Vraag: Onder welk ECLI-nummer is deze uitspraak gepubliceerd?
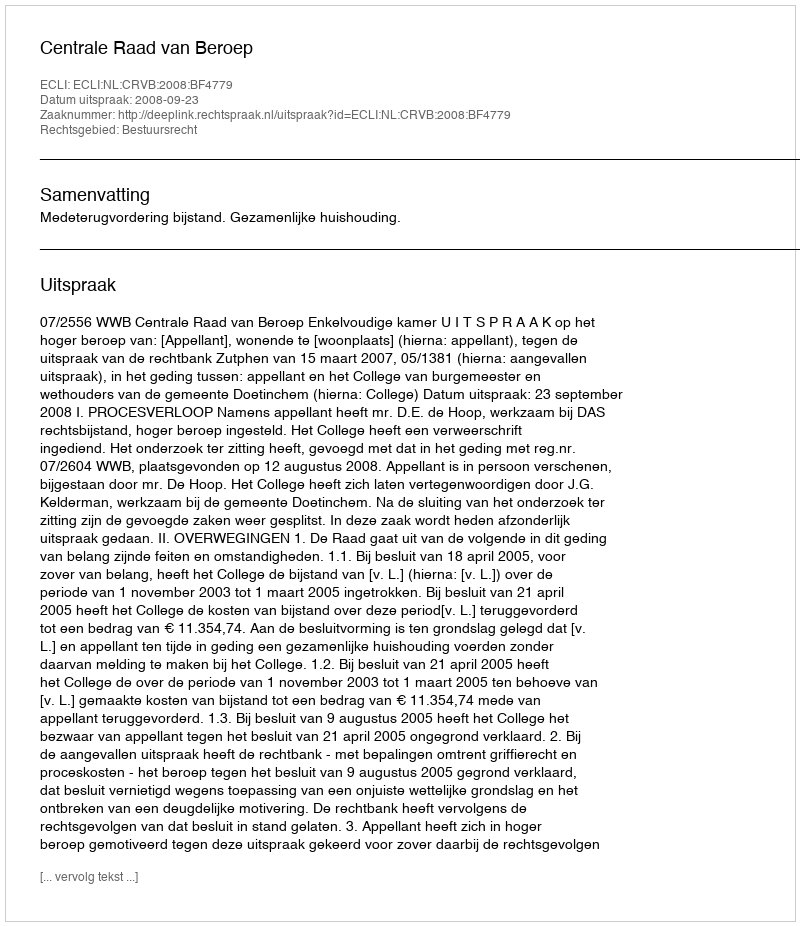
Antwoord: ECLI:NL:CRVB:2008:BF4779